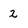
Character: 2